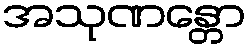
အသုဏန္တော